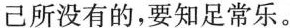
己所没有的，要知足常乐。